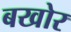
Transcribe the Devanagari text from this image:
बखोर